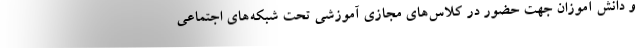
و دانش آموزان جهت حضور در کلاس‌های مجازی آموزشی تحت شبکه‌های اجتماعی